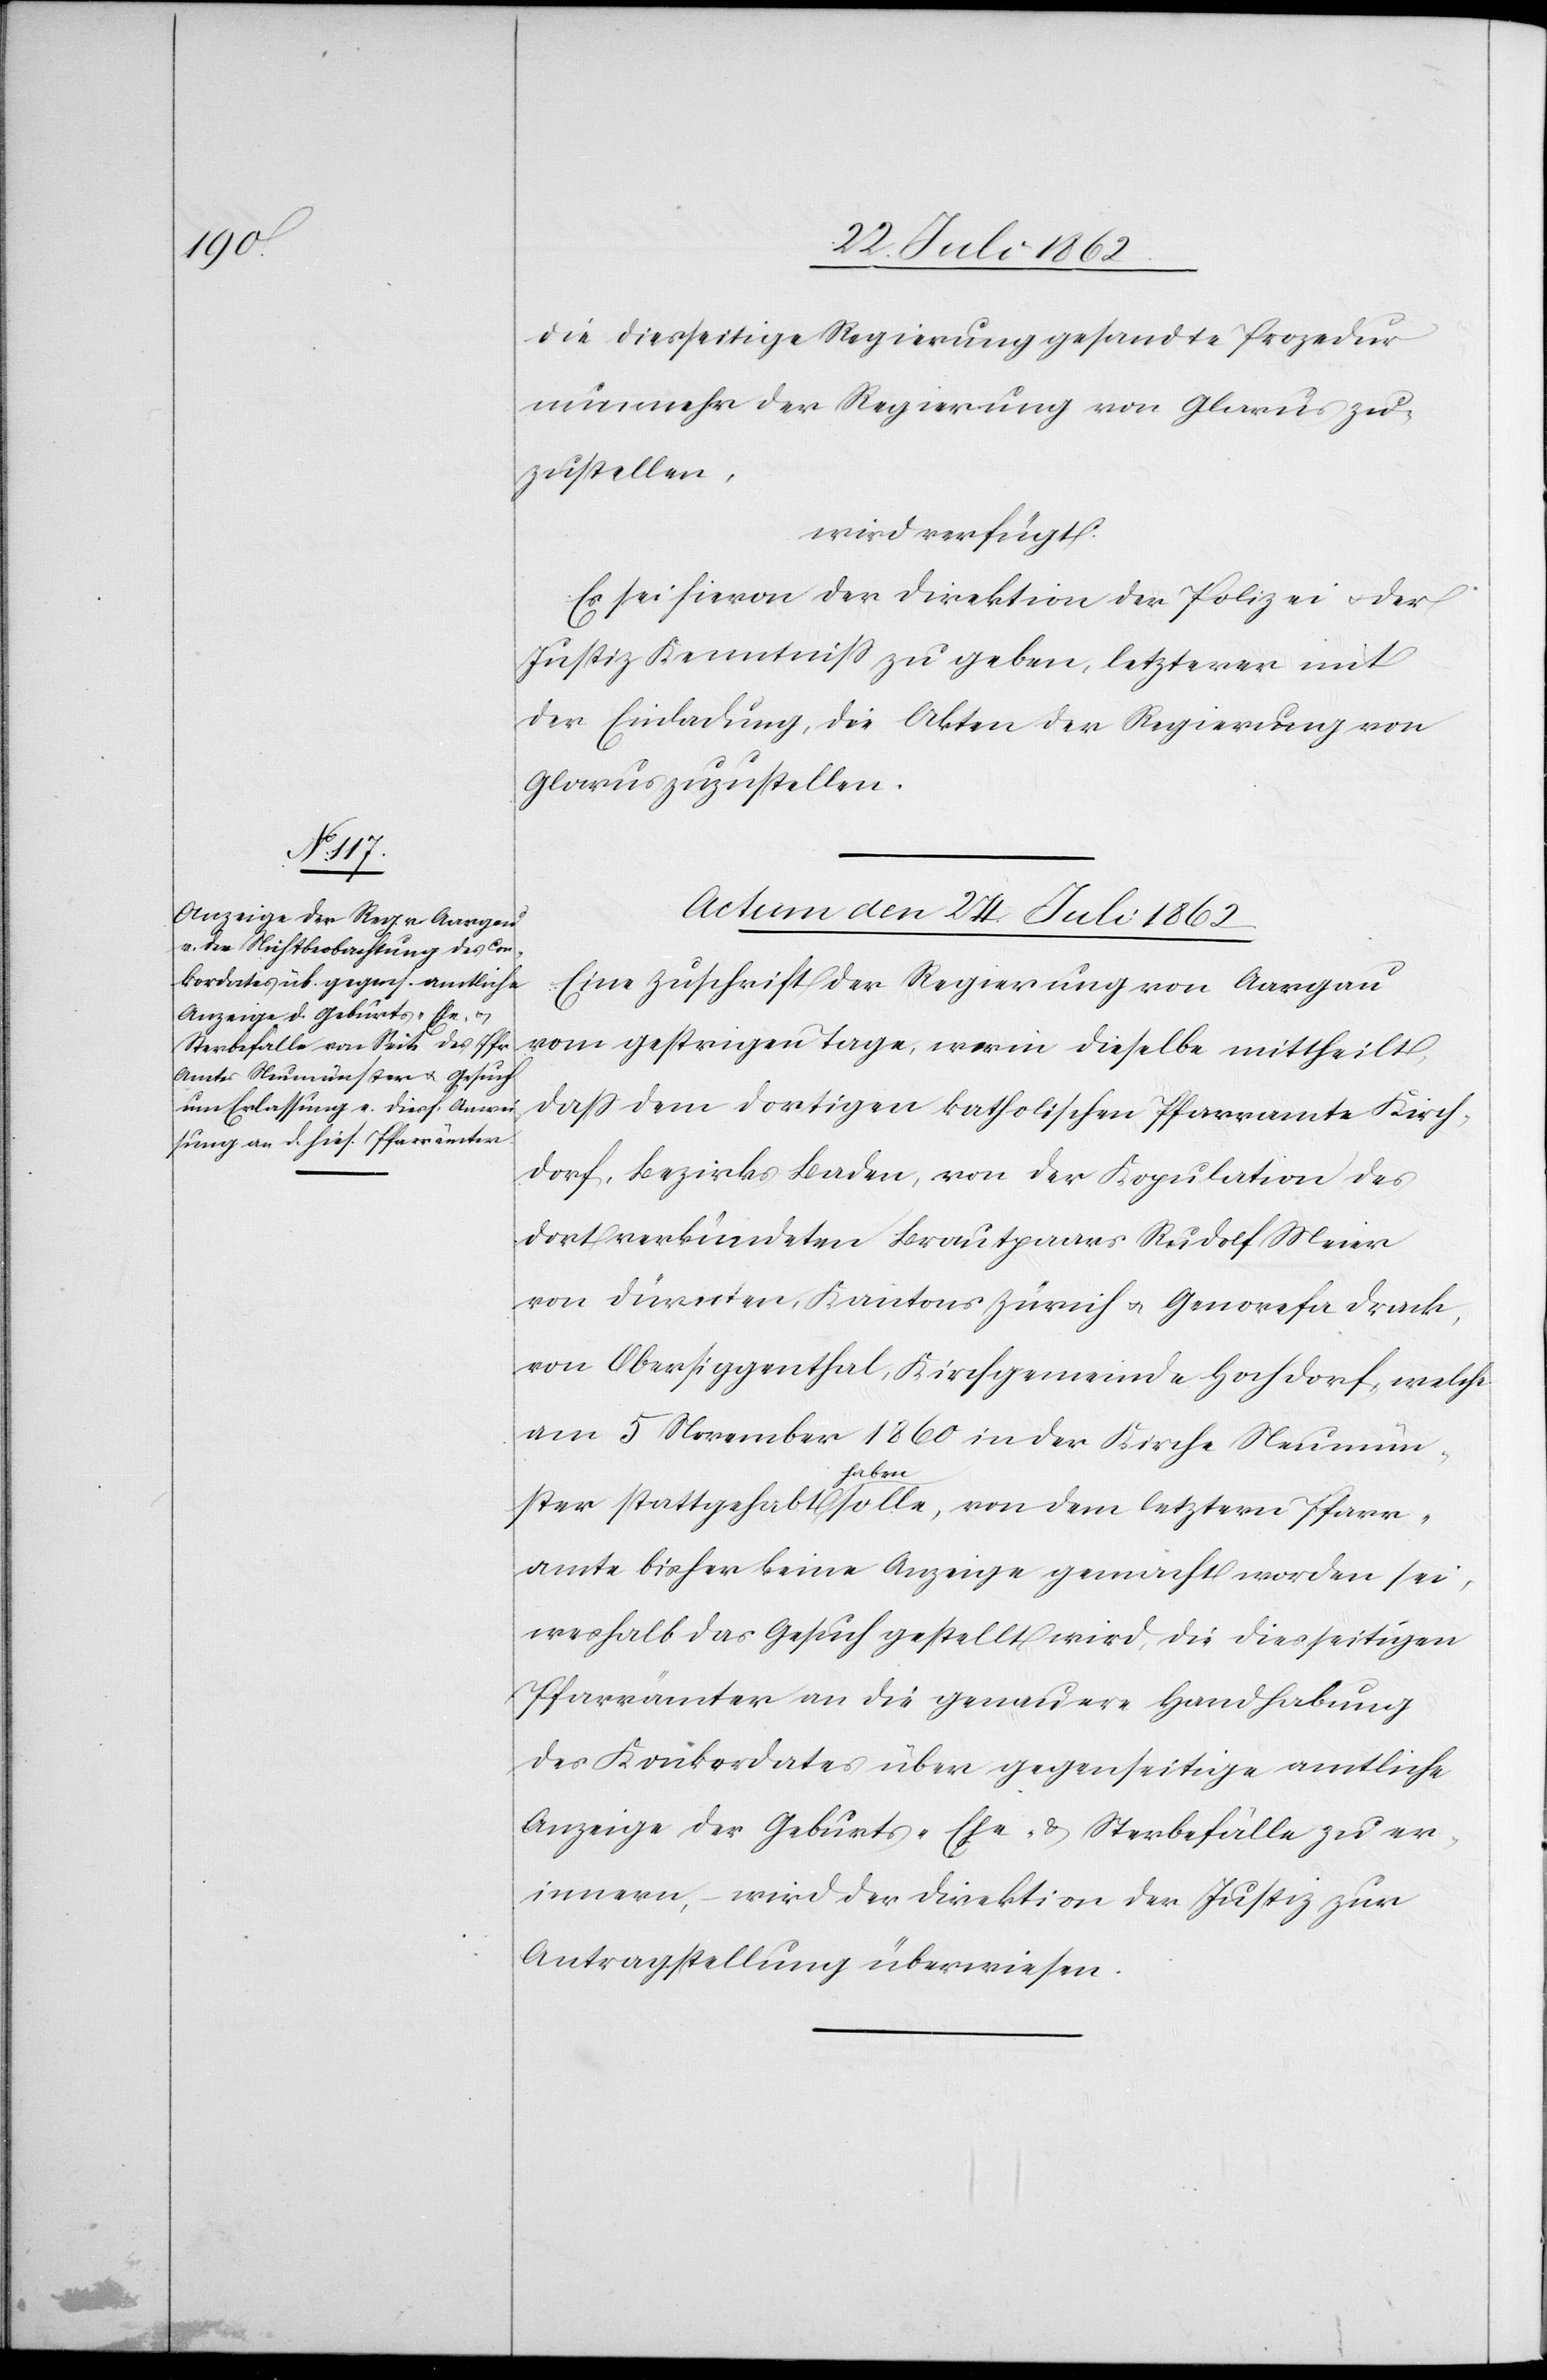
die diesseitige Regierung gesandte Prozedur
nunmehr der Regierung von Glarus zu¬
zustellen,
wird verfügt:
Es sei hievon der Direktion der Polizei u. der
Justiz Kenntniß zu geben, letzterer mit
der Einladung, die Akten der Regierung von
Glarus zuzustellen.
Actum den 24. Juli 1862.
Eine Zuschrift der Regierung von Aargau
vom gestrigen Tage, worin dieselbe mittheilt,
daß dem dortigen katholischen Pfarramte Kirch¬
dorf, Bezirks Baden, von der Kopulation des
dort verbündeten Brautpaars Rudolf Meier
von Dürnten, Kantons Zürich u. Genorefa Drack,
von Obersiggenthal, Kirchgemeinde Hochdorf, welche
am 5. November 1860 in der Kirche Neumün¬
ster stattgehabt haben solle, von dem letztern Pfarr¬
amte bisher keine Anzeige gemacht worden sei,
weshalb das Gesuch gestellt wird, die diesseitigen
Pfarrämter an die genauere Handhabung
des Konkordates über gegenseitige amtliche
Anzeige der Geburts- Ehe- u. Sterbefälle zu er¬
innern, –wird der Direktion der Justiz zur
Antragstellung überwiesen.